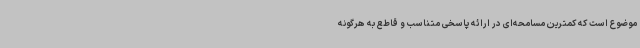
موضوع است که کمترین مسامحه‌ای در ارائه پاسخی متناسب و قاطع به هرگونه